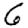
Digit: 6